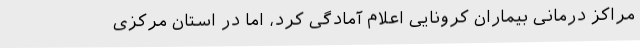
مراکز درمانی بیماران کرونایی اعلام آمادگی کرد، اما در استان مرکزی